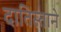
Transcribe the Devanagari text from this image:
दातिस्ताने